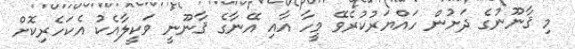
މި ޤާނޫނުގެ ދަށުން ހައްޔަރުކުރެވޭ މީހާ އާއި އޭނާގެ ޤާނޫނީ ވަކީލާއެކު އެކަހެރިކޮށް